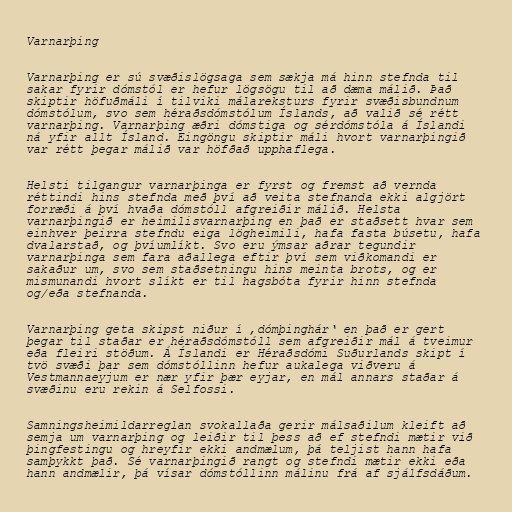
Varnarþing

Varnarþing er sú svæðislögsaga sem sækja má hinn stefnda til
sakar fyrir dómstól er hefur lögsögu til að dæma málið. Það
skiptir höfuðmáli í tilviki málareksturs fyrir svæðisbundnum
dómstólum, svo sem héraðsdómstólum Íslands, að valið sé rétt
varnarþing. Varnarþing æðri dómstiga og sérdómstóla á Íslandi
ná yfir allt Ísland. Eingöngu skiptir máli hvort varnarþingið
var rétt þegar málið var höfðað upphaflega.

Helsti tilgangur varnarþinga er fyrst og fremst að vernda
réttindi hins stefnda með því að veita stefnanda ekki algjört
forræði á því hvaða dómstóll afgreiðir málið. Helsta
varnarþingið er heimilisvarnarþing en það er staðsett hvar sem
einhver þeirra stefndu eiga lögheimili, hafa fasta búsetu, hafa
dvalarstað, og þvíumlíkt. Svo eru ýmsar aðrar tegundir
varnarþinga sem fara aðallega eftir því sem viðkomandi er
sakaður um, svo sem staðsetningu hins meinta brots, og er
mismunandi hvort slíkt er til hagsbóta fyrir hinn stefnda
og/eða stefnanda.

Varnarþing geta skipst niður í ‚dómþinghár‘ en það er gert
þegar til staðar er héraðsdómstóll sem afgreiðir mál á tveimur
eða fleiri stöðum. Á Íslandi er Héraðsdómi Suðurlands skipt í
tvö svæði þar sem dómstóllinn hefur aukalega viðveru á
Vestmannaeyjum er nær yfir þær eyjar, en mál annars staðar á
svæðinu eru rekin á Selfossi.

Samningsheimildarreglan svokallaða gerir málsaðilum kleift að
semja um varnarþing og leiðir til þess að ef stefndi mætir við
þingfestingu og hreyfir ekki andmælum, þá teljist hann hafa
samþykkt það. Sé varnarþingið rangt og stefndi mætir ekki eða
hann andmælir, þá vísar dómstóllinn málinu frá af sjálfsdáðum.